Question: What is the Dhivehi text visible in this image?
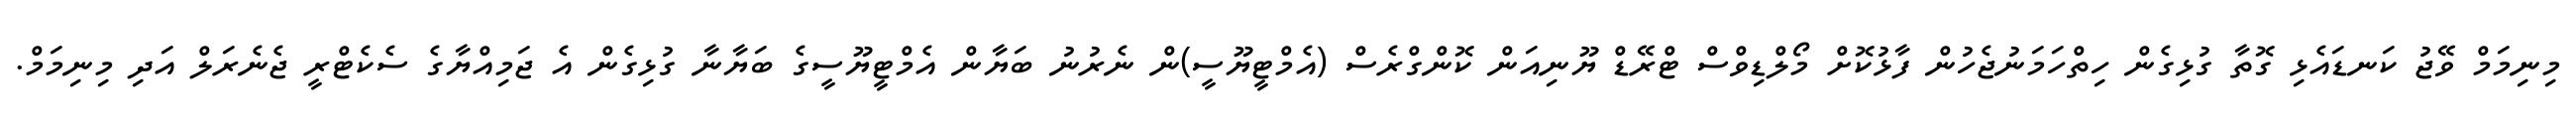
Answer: މިނިމަމް ވޭޖު ކަނޑައެޅި ގޮތާ ގުޅިގެން ހިތްހަމަނުޖެހުން ފާޅުކޮށް މޯލްޑިވްސް ޓްރޭޑް ޔޫނިއަން ކޮންގްރެސް (އެމްޓީޔޫސީ)ން ނެރުނު ބަޔާން އެމްޓީޔޫސީގެ ބަޔާނާ ގުޅިގެން އެ ޖަމިއްޔާގެ ސެކެޓްރީ ޖެނެރަލް އަދި މިނިމަމް.